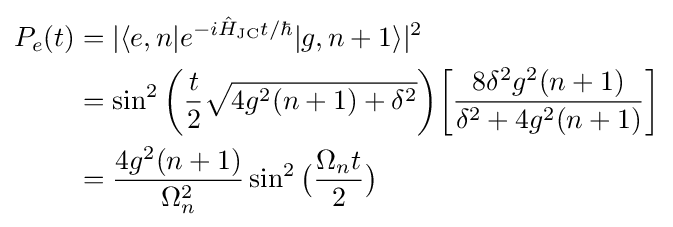
{\begin{aligned}P_{e}(t)&=|\langle e,n|e^{-i{\hat {H}}_{\text{JC}}t/\hbar }|g,n+1\rangle |^{2}\\&=\sin ^{2}{{\biggr (}{\frac {t}{2}}{\sqrt {4g^{2}(n+1)+\delta ^{2}}}{\biggr )}}{\biggr [}{\frac {8\delta ^{2}g^{2}(n+1)}{\delta ^{2}+4g^{2}(n+1)}}{\biggr ]}\\&={\frac {4g^{2}(n+1)}{\Omega _{n}^{2}}}\sin ^{2}{{\bigr (}{\frac {\Omega _{n}t}{2}}{\bigr )}}\end{aligned}}